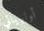
أولوياتي